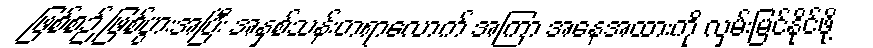
ဖြစ်စဉ် ဖြစ်ပွားအပြီး အနှစ်သန်းတရာလောက် အကြာ အနေအထားကို လှမ်းမြင်နိုင်ဖို့